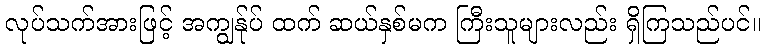
လုပ်သက်အားဖြင့် အကျွန်ုပ် ထက် ဆယ်နှစ်မက ကြီးသူများလည်း ရှိကြသည်ပင်။